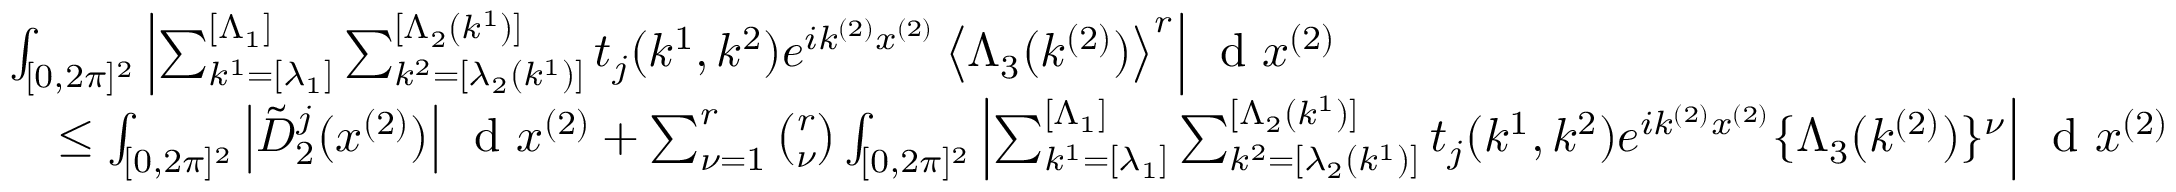
\begin{array} { r l } & { \int _ { [ 0 , 2 \pi ] ^ { 2 } } \left\vert \sum _ { k ^ { 1 } = [ \lambda _ { 1 } ] } ^ { [ \Lambda _ { 1 } ] } \sum _ { k ^ { 2 } = [ \lambda _ { 2 } ( k ^ { 1 } ) ] } ^ { [ \Lambda _ { 2 } ( k ^ { 1 } ) ] } t _ { j } ( k ^ { 1 } , k ^ { 2 } ) e ^ { i k ^ { ( 2 ) } x ^ { ( 2 ) } } \left\langle \Lambda _ { 3 } ( k ^ { ( 2 ) } ) \right\rangle ^ { r } \right\vert \, \textnormal { d } x ^ { ( 2 ) } } \\ & { \quad \leq \int _ { [ 0 , 2 \pi ] ^ { 2 } } \left\vert \tilde { D } _ { 2 } ^ { j } ( x ^ { ( 2 ) } ) \right\vert \, \textnormal { d } x ^ { ( 2 ) } + \sum _ { \nu = 1 } ^ { r } \binom { r } { \nu } \int _ { [ 0 , 2 \pi ] ^ { 2 } } \left\vert \sum _ { k ^ { 1 } = [ \lambda _ { 1 } ] } ^ { [ \Lambda _ { 1 } ] } \sum _ { k ^ { 2 } = [ \lambda _ { 2 } ( k ^ { 1 } ) ] } ^ { [ \Lambda _ { 2 } ( k ^ { 1 } ) ] } t _ { j } ( k ^ { 1 } , k ^ { 2 } ) e ^ { i k ^ { ( 2 ) } x ^ { ( 2 ) } } \{ \Lambda _ { 3 } ( k ^ { ( 2 ) } ) \} ^ { \nu } \right\vert \, \textnormal { d } x ^ { ( 2 ) } } \end{array}